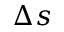
\Delta s